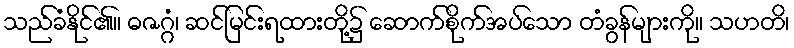
သည်ခံနိုင်၏။ ဓဇဂ္ဂံ၊ ဆင်မြင်းရထားတို့၌ ဆောက်စိုက်အပ်သော တံခွန်များကို။ သဟတိ၊